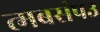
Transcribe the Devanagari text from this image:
त्मबसंपउ